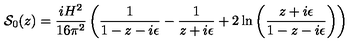
{ \cal { S } } _ { 0 } ( z ) = \frac { i H ^ { 2 } } { 1 6 \pi ^ { 2 } } \left( \frac { 1 } { 1 - z - i \epsilon } - \frac { 1 } { z + i \epsilon } + 2 \ln \left( \frac { z + i \epsilon } { 1 - z - i \epsilon } \right) \right)